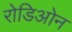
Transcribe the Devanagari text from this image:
रोडिओन